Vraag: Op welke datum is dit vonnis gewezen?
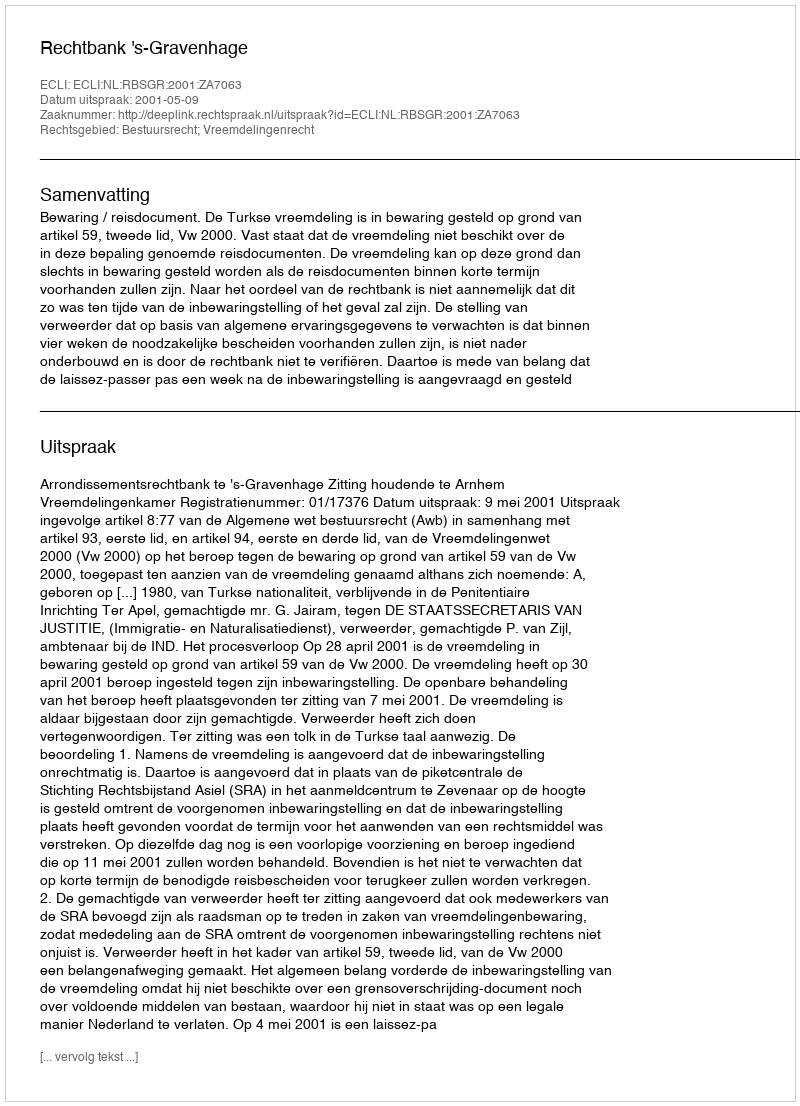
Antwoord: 2001-05-09